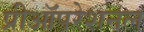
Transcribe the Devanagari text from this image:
प्रीऑपरेशनल